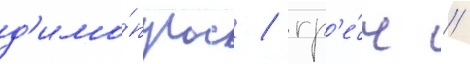
д'имо́пулос / гр'е́ч //